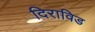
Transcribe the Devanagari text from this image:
दिराविड